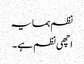
نظم ہمسایہ
اچھی نظم ہے۔